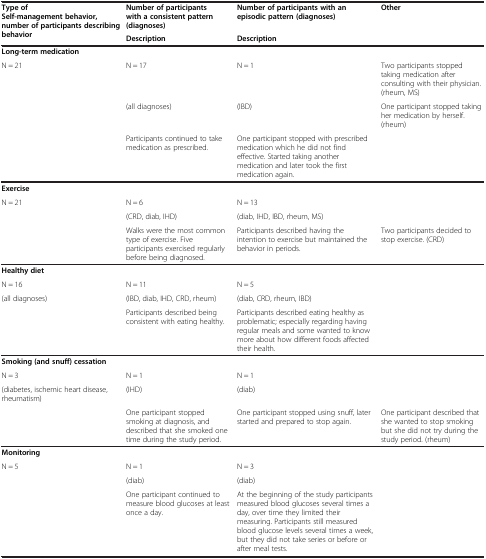
| <ROWSPAN=2> Type of Self-management behavior, number of participants describing behavior | Number of participants with a consistent pattern (diagnoses) | Number of participants with an episodic pattern (diagnoses) | <ROWSPAN=2> Other |
 | Description | Description |
 | --- | --- | --- | --- |
 | Long-term medication |  |  |  |
 | N = 21 | N = 17 | N = 1 | Two participants stopped taking medication after consulting with their physician. (rheum, MS) |
 |  | (all diagnoses) | (IBD) | One participant stopped taking her medication by herself. (rheum) |
 |  | Participants continued to take medication as prescribed. | One participant stopped with prescribed medication which he did not find effective. Started taking another medication and later took the first medication again. |  |
 | Exercise |  |  |  |
 | N = 21 | N = 6 | N = 13 |  |
 |  | (CRD, diab, IHD) | (diab, IHD, IBD, rheum, MS) |  |
 |  | Walks were the most common type of exercise. Five participants exercised regularly before being diagnosed. | Participants described having the intention to exercise but maintained the behavior in periods. | Two participants decided to stop exercise. (CRD) |
 | Healthy diet |  |  |  |
 | N = 16 | N = 11 | N = 5 |  |
 | (all diagnoses) | (IBD, diab, IHD, CRD, rheum) | (diab, CRD, rheum, IBD) |  |
 |  | Participants described being consistent with eating healthy. | Participants described eating healthy as problematic; especially regarding having regular meals and some wanted to know more about how different foods affected their health. |  |
 | Smoking (and snuff) cessation |  |  |  |
 | N = 3 | N = 1 | N = 1 |  |
 | (diabetes, ischemic heart disease, rheumatism) | (IHD) | (diab) |  |
 |  | One participant stopped smoking at diagnosis, and described that she smoked one time during the study period. | One participant stopped using snuff, later started and prepared to stop again. | One participant described that she wanted to stop smoking but she did not try during the study period. (rheum) |
 | Monitoring |  |  |  |
 | N = 5 | N = 1 | N = 3 |  |
 |  | (diab) | (diab) |  |
 |  | One participant continued to measure blood glucoses at least once a day. | At the beginning of the study participants measured blood glucoses several times a day, over time they limited their measuring. Participants still measured blood glucose levels several times a week, but they did not take series or before or after meal tests. |  |